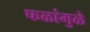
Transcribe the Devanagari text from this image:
फळांमुळे